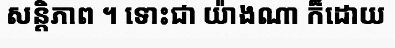
សន្តិភាព ។ ទោះជា យ៉ាងណា ក៏ដោយ